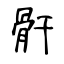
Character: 骭